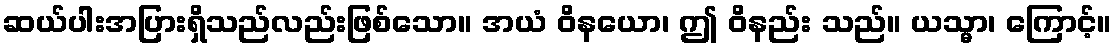
ဆယ်ပါးအပြားရှိသည်လည်းဖြစ်သော။ အယံ ဝိနယော၊ ဤ ဝိနည်း သည်။ ယသ္မာ၊ ကြောင့်။